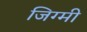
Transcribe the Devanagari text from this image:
जिग्मी